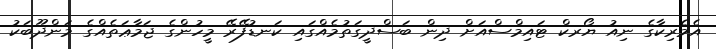
އެމެރިކާގެ ނިއު ޔޯރކް ޓައިމްސްއަށް ދިން ބަސްދީގަތުމެއްގައި ކަނޑުފޭރޭ މީހުންގެ ޖަމާޢަތެއްގެ މަންދޫބަކު